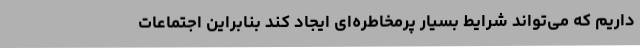
داریم که می‌تواند شرایط بسیار پرمخاطره‌ای ایجاد کند بنابراین اجتماعات